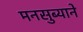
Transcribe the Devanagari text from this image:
मनसुब्याने